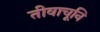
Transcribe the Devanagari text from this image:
तीवाचूनि